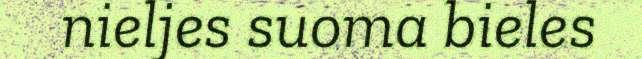
nieljes suoma bieles